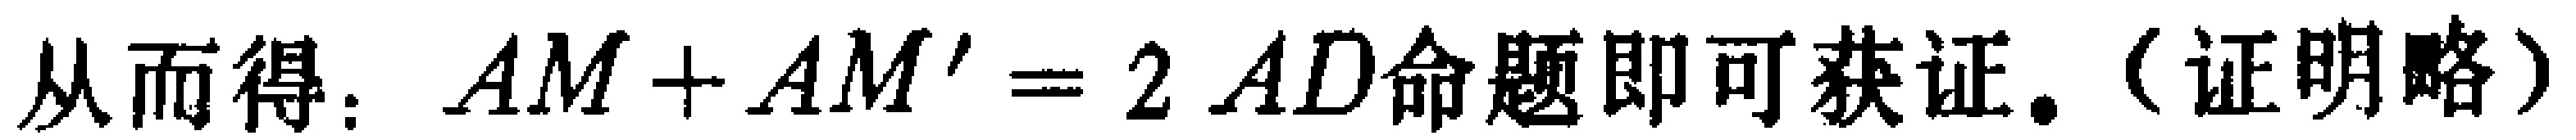
从而得：\(AM + AM' = 2AD\)命题即可获证.（证明略）